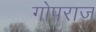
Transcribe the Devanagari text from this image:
गोपराज